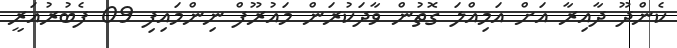
ކެންދޫ ދާއިރާ އަށް އަމިއްލަ ގޮތުން ވާދަކުރަން މައުރޫފް ނިންމައިފި 09 ފެބުރުއަރީ